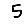
Digit: 5